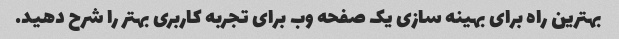
بهترین راه برای بهینه سازی یک صفحه وب برای تجربه کاربری بهتر را شرح دهید.